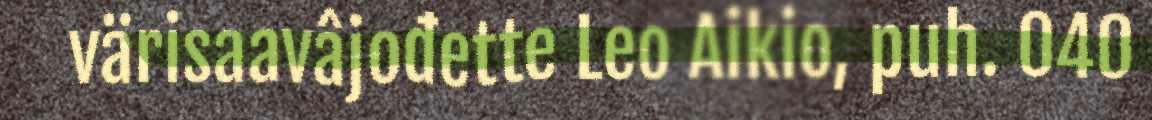
värisaavâjođette Leo Aikio, puh. 040